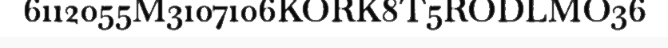
6112055M3107106KORK8T5RODLMO36